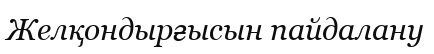
Желқондырғысын пайдалану